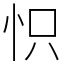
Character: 怾